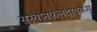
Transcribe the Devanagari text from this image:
सुस्वप्नफलदायकम्